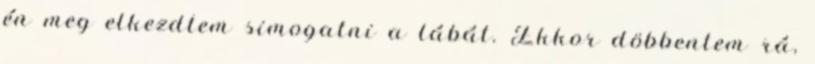
én meg elkezdtem simogatni a lábát. Ekkor döbbentem rá,